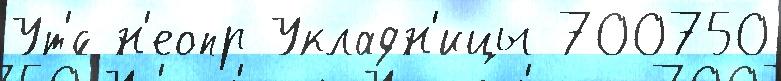
Ут'́с н'еопр Укладн'ицы 700750